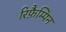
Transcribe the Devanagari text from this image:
रिफ़ैम्पिन